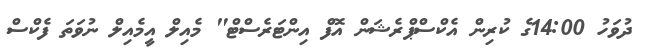
ދުވަހު 14:00ގެ ކުރިން އެކްސްޕްރެޝަން އޮފް އިންޓަރެސްޓް" މެއިލް އީމެއިލް ނުވަތަ ފެކްސް